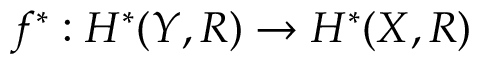
f ^ { * } : H ^ { * } ( Y , R ) \to H ^ { * } ( X , R )